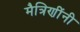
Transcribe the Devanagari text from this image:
मैत्रिणींनी